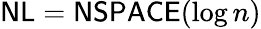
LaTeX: {\mathsf{NL}}={\mathsf{NSPACE}}(\log n)